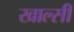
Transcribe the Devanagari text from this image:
खाल्सी